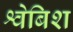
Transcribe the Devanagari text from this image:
श्वेबिश